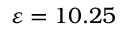
\varepsilon = 1 0 . 2 5